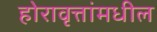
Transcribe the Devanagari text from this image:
होरावृत्तांमधील